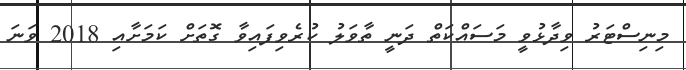
މިނިސްޓަރު ވިދާޅުވީ މަސައްކަތް ދަނީ ތާވަލު ކުރެވިފައިވާ ގޮތަށް ކަމަށާއި 2018 ވަނަ